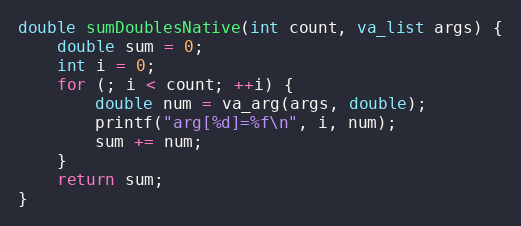
Language: C
double sumDoublesNative(int count, va_list args) {
    double sum = 0;
    int i = 0;
    for (; i < count; ++i) {
        double num = va_arg(args, double);
        printf("arg[%d]=%f\n", i, num);
        sum += num;
    }
    return sum;
}